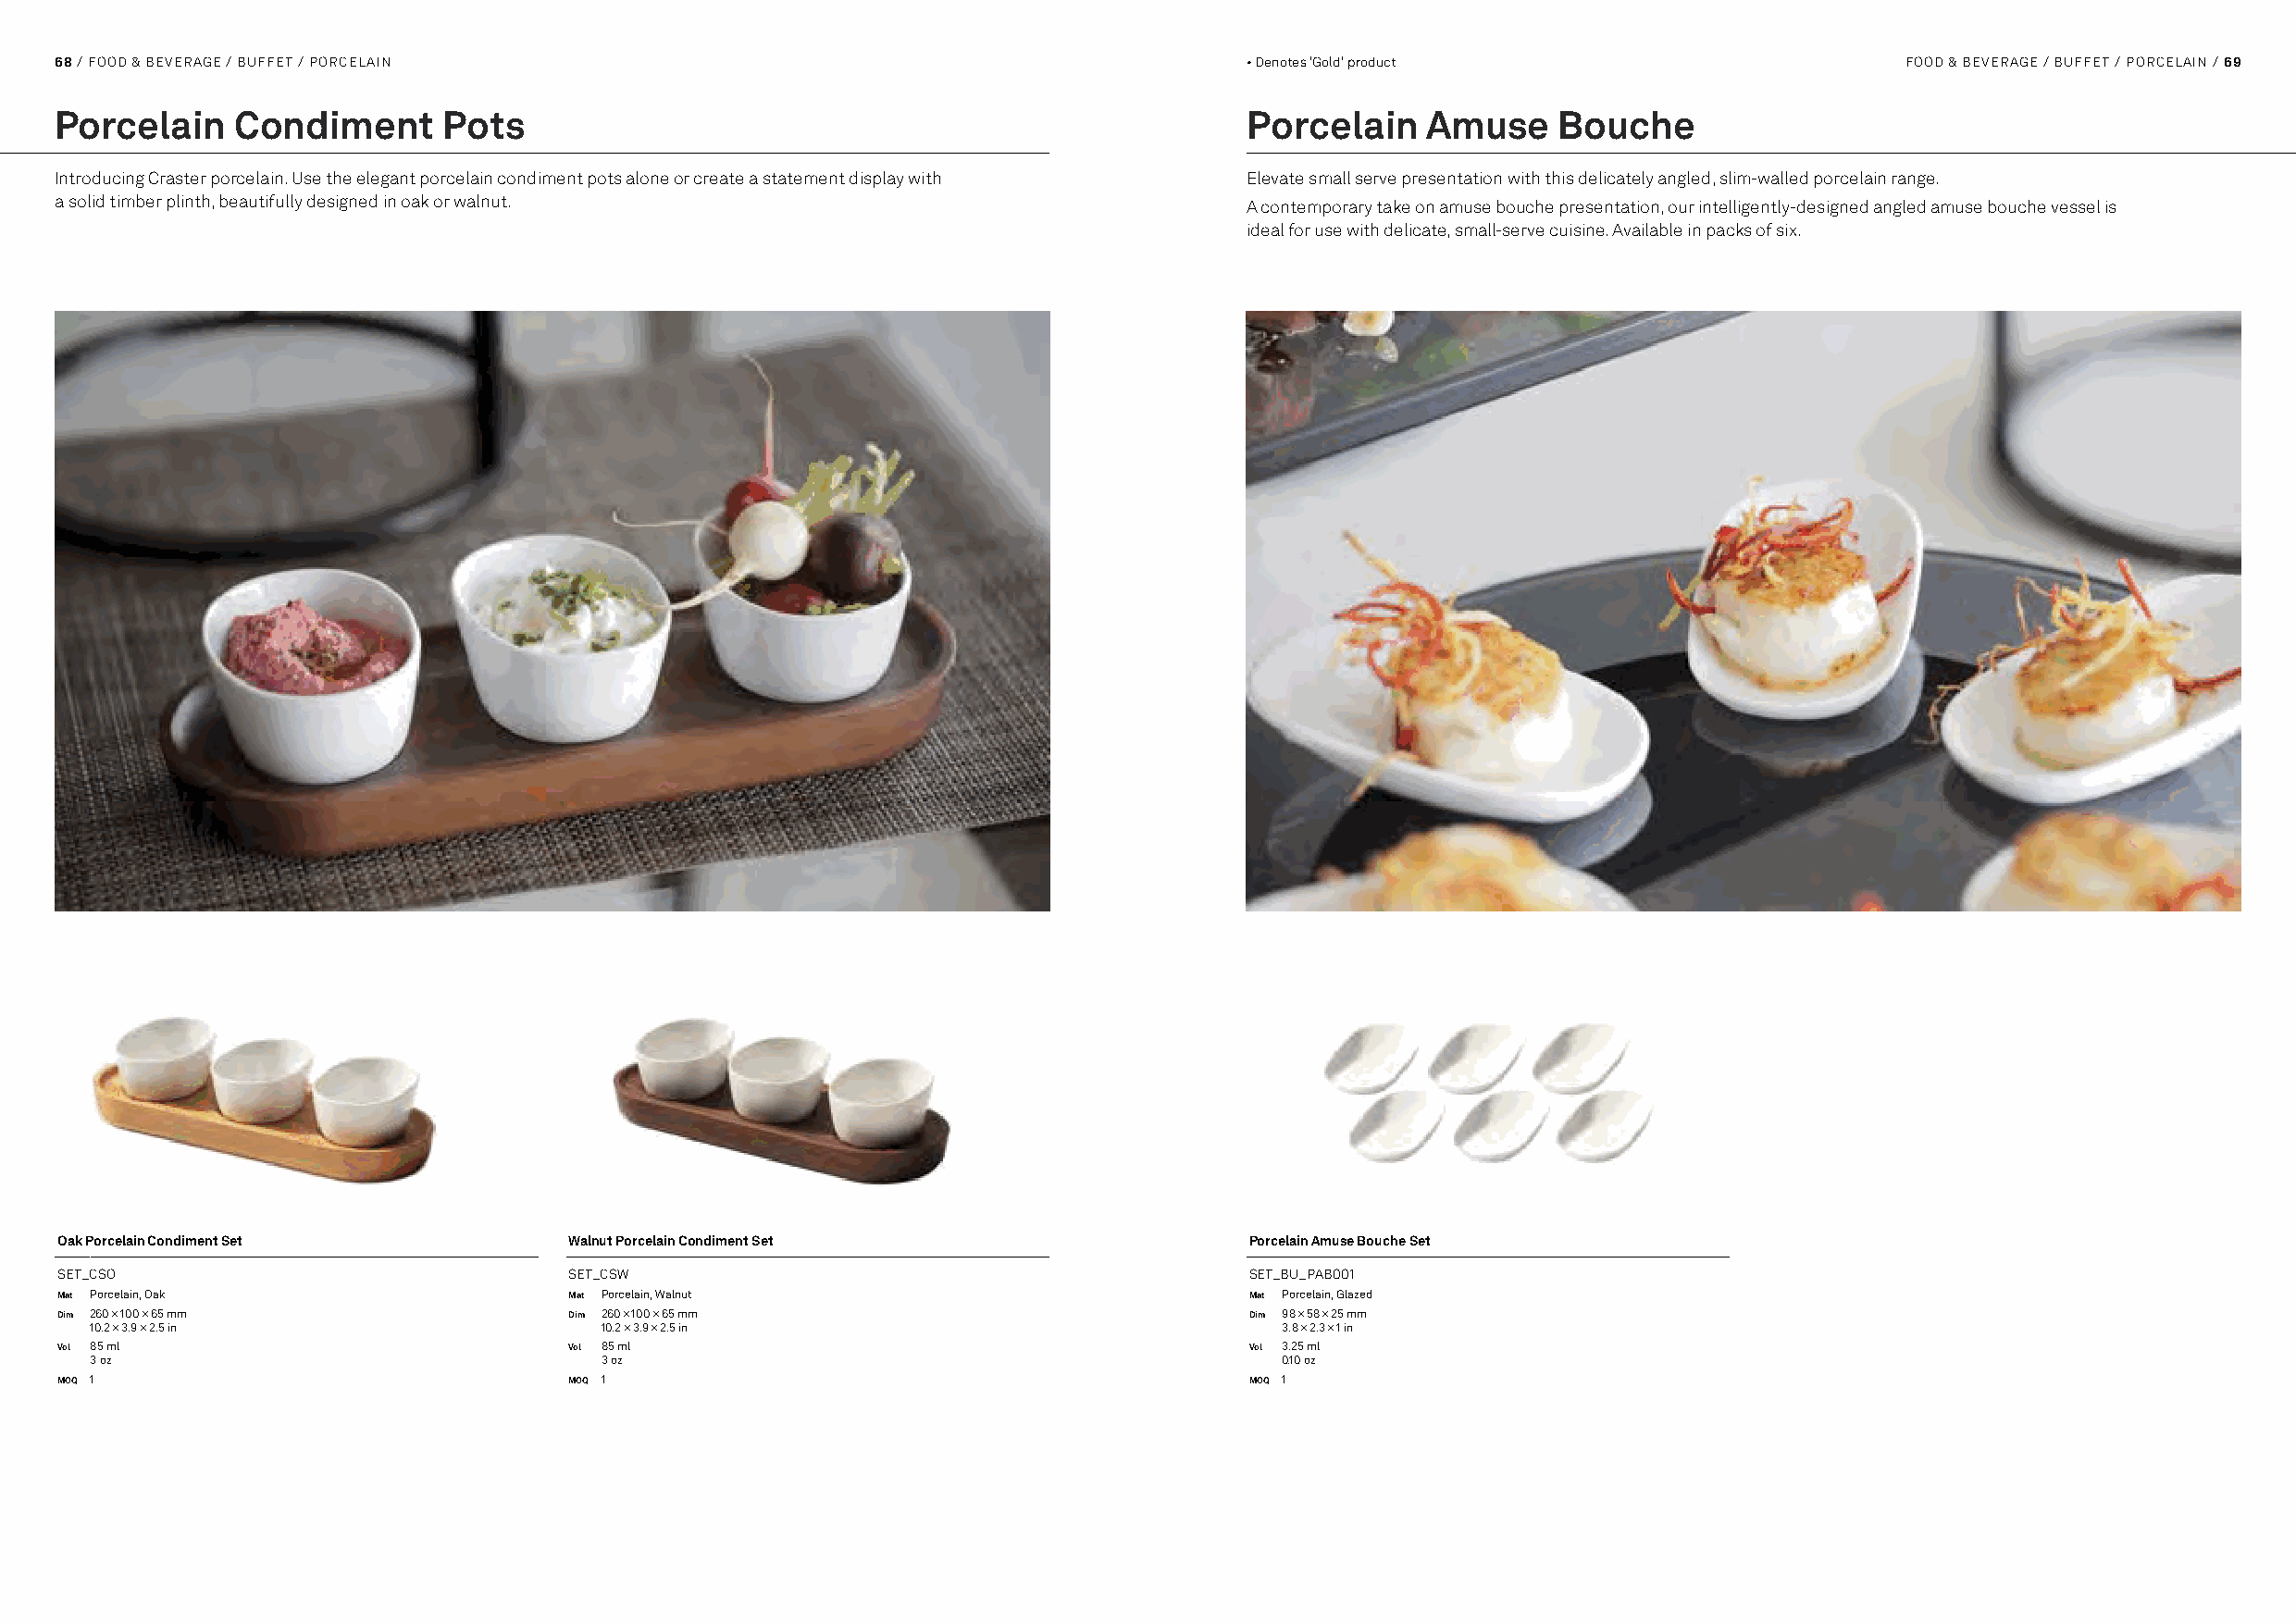
68 / FOOD & BEVERAGE / BUFFET / PORCELAIN                                            • Denotes 'Gold' product                       FOOD & BEVERAGE / BUFFET / PORCELAIN / 69
 Porcelain    Condiment      Pots                                                     Porcelain    Amuse    Bouche
 Introducing Craster porcelain. Use the elegant porcelain condiment pots alone or create a statement display with Elevate small serve presentation with this delicately angled, slim-walled porcelain range.
 a solid timber plinth, beautifully designed in oak or walnut.                        A contemporary take on amuse bouche presentation, our intelligently-designed angled amuse bouche vessel is
 ideal for use with delicate, small-serve cuisine. Available in packs of six.
 Oak Porcelain Condiment Set          Walnut Porcelain Condiment Set                  Porcelain Amuse Bouche Set
 SET_CSO                              SET_CSW                                         SET_BU_PAB001
 Mat Porcelain, Oak                   Mat Porcelain, Walnut                           Mat Porcelain, Glazed
 Dim 260 × 100 × 65 mm                Dim 260 × 100 × 65 mm                           Dim 98 × 58 × 25 mm
 10.2 × 3.9 × 2.5 in                  10.2 × 3.9 × 2.5 in                              3.8 × 2.3 × 1 in
 Vol 85 ml                            Vol 85 ml                                       Vol 3.25 ml
 3 oz                                 3 oz                                             0.10 oz
 MOQ 1                                MOQ 1                                           MOQ 1